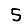
Digit: 5